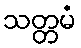
သတ္တမံ